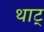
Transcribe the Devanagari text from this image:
थाट्